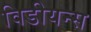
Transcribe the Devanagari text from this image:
विडीयन्स